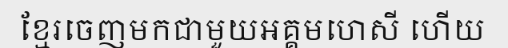
ខ្មែរចេញមកជាមួយអគ្គមហេសី ហើយ